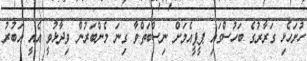
ހުށަހެޅި ގަރާރުގެ ބަހުސްގައި ޕީޕީއެމަށް ނިސްބަތްވާ ގިނަ މެންބަރުން ވިދާޅުވީ އެއީ އަބުރު